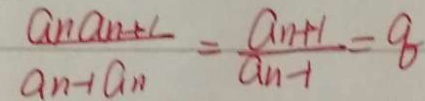
\frac { a _ { n } a _ { n + 1 } } { a _ { n } - 1 a _ { n } } = \frac { a _ { n + 1 } } { a _ { n - 1 } } = 8